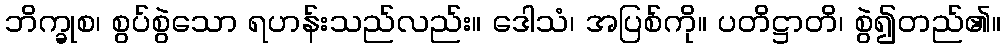
ဘိက္ခုစ၊ စွပ်စွဲသော ရဟန်းသည်လည်း။ ဒေါသံ၊ အပြစ်ကို။ ပတိဋ္ဌာတိ၊ စွဲ၍တည်၏။